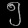
Digit: ၅